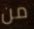
من